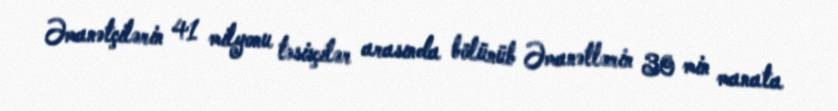
Əmanətçilərin 41 milyonu təsisçilər arasında bölünüb Əmanətlərin 30 min manata